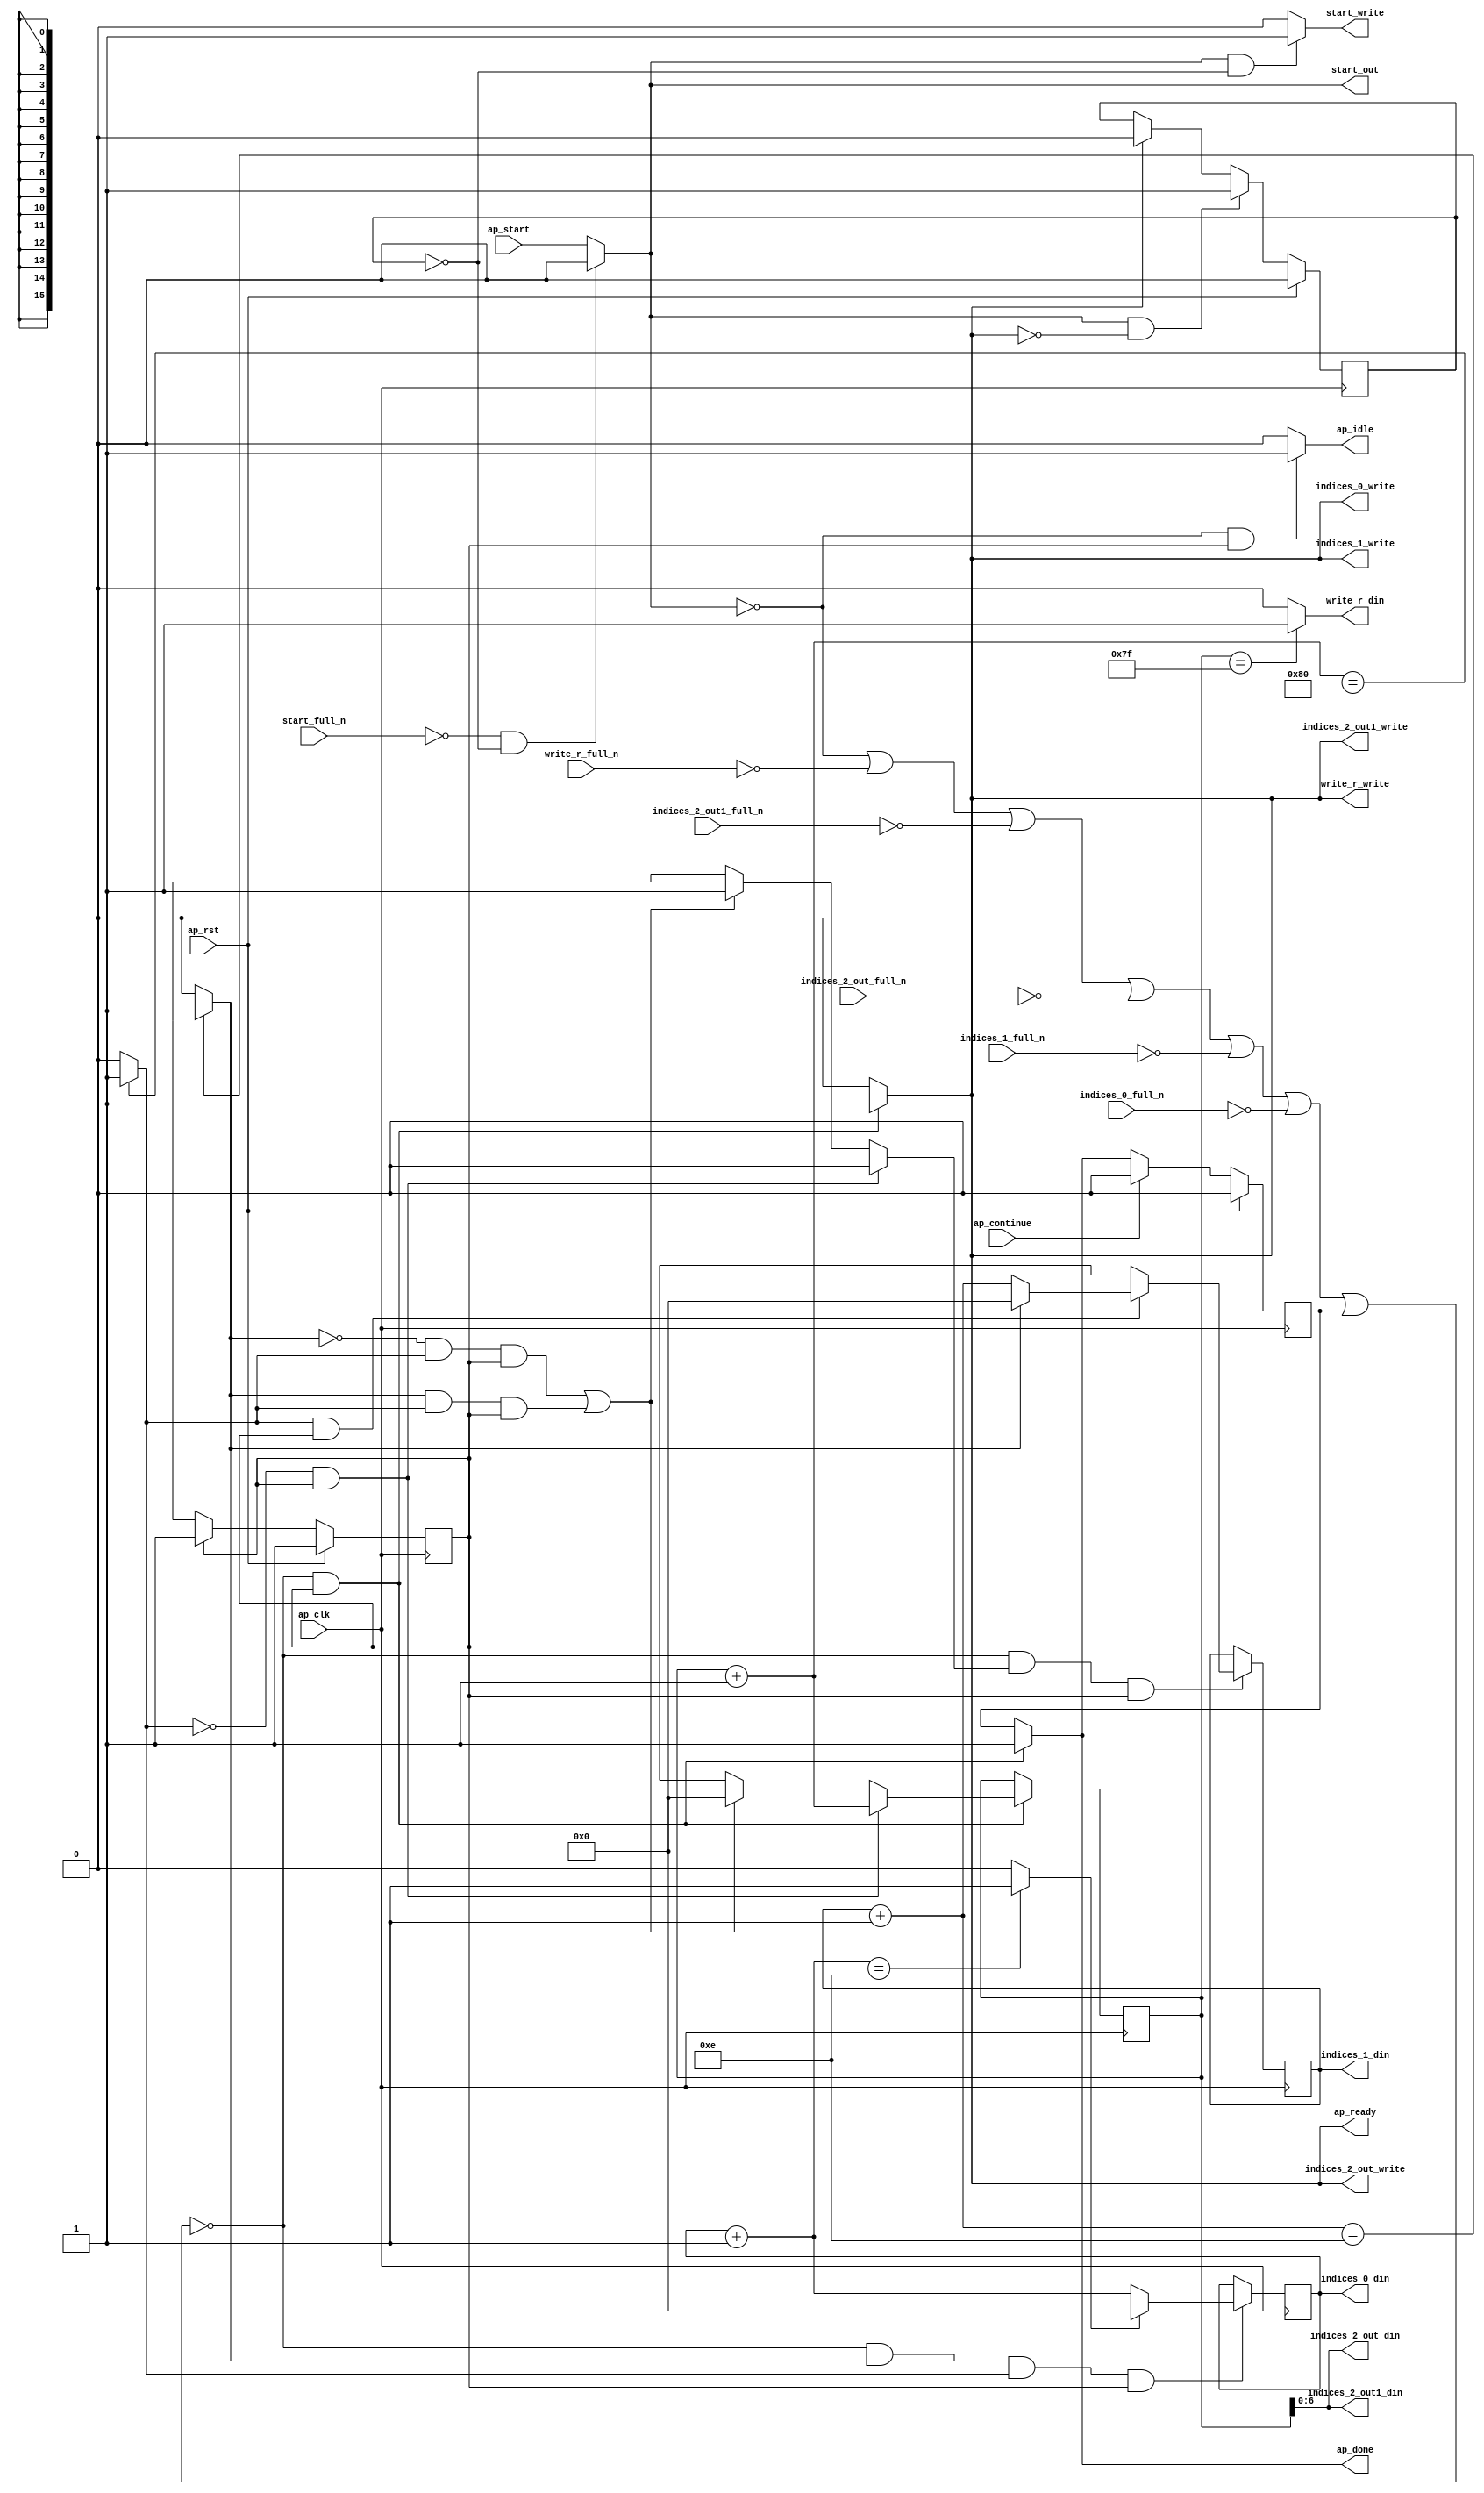
`define EXPONENT 5
`define MANTISSA 10
`define ACTUAL_MANTISSA 11
`define EXPONENT_LSB 10
`define EXPONENT_MSB 14
`define MANTISSA_LSB 0
`define MANTISSA_MSB 9
`define MANTISSA_MUL_SPLIT_LSB 3
`define MANTISSA_MUL_SPLIT_MSB 9
`define SIGN 1
`define SIGN_LOC 15
`define DWIDTH (`SIGN+`EXPONENT+`MANTISSA)
`define IEEE_COMPLIANCE 1

module td_fused_top_tdf11_get_next_ijk (
        ap_clk,
        ap_rst,
        ap_start,
        start_full_n,
        ap_done,
        ap_continue,
        ap_idle,
        ap_ready,
        start_out,
        start_write,
        indices_0_din,
        indices_0_full_n,
        indices_0_write,
        indices_1_din,
        indices_1_full_n,
        indices_1_write,
        indices_2_out_din,
        indices_2_out_full_n,
        indices_2_out_write,
        indices_2_out1_din,
        indices_2_out1_full_n,
        indices_2_out1_write,
        write_r_din,
        write_r_full_n,
        write_r_write
);

parameter    ap_ST_fsm_state1 = 1'd1;

input   ap_clk;
input   ap_rst;
input   ap_start;
input   start_full_n;
output   ap_done;
input   ap_continue;
output   ap_idle;
output   ap_ready;
output   start_out;
output   start_write;
output  [15:0] indices_0_din;
input   indices_0_full_n;
output   indices_0_write;
output  [15:0] indices_1_din;
input   indices_1_full_n;
output   indices_1_write;
output  [6:0] indices_2_out_din;
input   indices_2_out_full_n;
output   indices_2_out_write;
output  [6:0] indices_2_out1_din;
input   indices_2_out1_full_n;
output   indices_2_out1_write;
output   write_r_din;
input   write_r_full_n;
output   write_r_write;

reg ap_done;
reg ap_idle;
reg start_write;
reg indices_0_write;
reg indices_1_write;
reg indices_2_out_write;
reg indices_2_out1_write;
reg write_r_write;

reg    real_start;
reg    start_once_reg;
reg    ap_done_reg;
  reg   [0:0] ap_CS_fsm;
wire    ap_CS_fsm_state1;
reg    internal_ap_ready;
reg   [15:0] i_9;
reg   [15:0] j_9;
reg   [15:0] k_9;
reg    indices_0_blk_n;
reg    indices_1_blk_n;
reg    indices_2_out_blk_n;
reg    indices_2_out1_blk_n;
reg    write_r_blk_n;
reg   [0:0] ap_phi_mux_j_20_flag_0_i_phi_fu_90_p6;
reg    ap_block_state1;
wire   [0:0] icmp_ln227_fu_161_p2;
wire   [0:0] icmp_ln230_fu_174_p2;
reg   [15:0] ap_phi_mux_j_20_new_0_i_phi_fu_104_p6;
wire   [15:0] add_ln229_fu_167_p2;
reg   [15:0] ap_phi_mux_k_20_new_0_i_phi_fu_117_p6;
wire   [15:0] add_ln226_fu_154_p2;
wire   [15:0] select_ln233_fu_192_p3;
wire   [6:0] trunc_ln224_fu_141_p1;
wire   [15:0] add_ln232_fu_180_p2;
wire   [0:0] icmp_ln233_fu_186_p2;
reg   [0:0] ap_NS_fsm;
wire    ap_ce_reg;

// power-on initialization
initial begin
#0 start_once_reg = 1'b0;
#0 ap_done_reg = 1'b0;
#0 ap_CS_fsm = 1'd1;
#0 i_9 = 16'd0;
#0 j_9 = 16'd0;
#0 k_9 = 16'd0;
end

always @ (posedge ap_clk) begin
    if (ap_rst == 1'b1) begin
        ap_CS_fsm <= ap_ST_fsm_state1;
    end else begin
        ap_CS_fsm <= ap_NS_fsm;
    end
end

always @ (posedge ap_clk) begin
    if (ap_rst == 1'b1) begin
        ap_done_reg <= 1'b0;
    end else begin
        if ((ap_continue == 1'b1)) begin
            ap_done_reg <= 1'b0;
        end else if ((~((real_start == 1'b0) | (write_r_full_n == 1'b0) | (indices_2_out1_full_n == 1'b0) | (indices_2_out_full_n == 1'b0) | (indices_1_full_n == 1'b0) | (indices_0_full_n == 1'b0) | (ap_done_reg == 1'b1)) & (1'b1 == ap_CS_fsm_state1))) begin
            ap_done_reg <= 1'b1;
        end
    end
end

always @ (posedge ap_clk) begin
    if (ap_rst == 1'b1) begin
        start_once_reg <= 1'b0;
    end else begin
        if (((real_start == 1'b1) & (internal_ap_ready == 1'b0))) begin
            start_once_reg <= 1'b1;
        end else if ((internal_ap_ready == 1'b1)) begin
            start_once_reg <= 1'b0;
        end
    end
end

always @ (posedge ap_clk) begin
    if ((~((real_start == 1'b0) | (write_r_full_n == 1'b0) | (indices_2_out1_full_n == 1'b0) | (indices_2_out_full_n == 1'b0) | (indices_1_full_n == 1'b0) | (indices_0_full_n == 1'b0) | (ap_done_reg == 1'b1)) & (icmp_ln230_fu_174_p2 == 1'd1) & (icmp_ln227_fu_161_p2 == 1'd1) & (1'b1 == ap_CS_fsm_state1))) begin
        i_9 <= select_ln233_fu_192_p3;
    end
end

always @ (posedge ap_clk) begin
    if ((~((real_start == 1'b0) | (write_r_full_n == 1'b0) | (indices_2_out1_full_n == 1'b0) | (indices_2_out_full_n == 1'b0) | (indices_1_full_n == 1'b0) | (indices_0_full_n == 1'b0) | (ap_done_reg == 1'b1)) & (ap_phi_mux_j_20_flag_0_i_phi_fu_90_p6 == 1'd1) & (1'b1 == ap_CS_fsm_state1))) begin
        j_9 <= ap_phi_mux_j_20_new_0_i_phi_fu_104_p6;
    end
end

always @ (posedge ap_clk) begin
    if ((~((real_start == 1'b0) | (write_r_full_n == 1'b0) | (indices_2_out1_full_n == 1'b0) | (indices_2_out_full_n == 1'b0) | (indices_1_full_n == 1'b0) | (indices_0_full_n == 1'b0) | (ap_done_reg == 1'b1)) & (1'b1 == ap_CS_fsm_state1))) begin
        k_9 <= ap_phi_mux_k_20_new_0_i_phi_fu_117_p6;
    end
end

always @ (*) begin
    if ((~((real_start == 1'b0) | (write_r_full_n == 1'b0) | (indices_2_out1_full_n == 1'b0) | (indices_2_out_full_n == 1'b0) | (indices_1_full_n == 1'b0) | (indices_0_full_n == 1'b0) | (ap_done_reg == 1'b1)) & (1'b1 == ap_CS_fsm_state1))) begin
        ap_done = 1'b1;
    end else begin
        ap_done = ap_done_reg;
    end
end

always @ (*) begin
    if (((real_start == 1'b0) & (1'b1 == ap_CS_fsm_state1))) begin
        ap_idle = 1'b1;
    end else begin
        ap_idle = 1'b0;
    end
end

always @ (*) begin
    if (((icmp_ln227_fu_161_p2 == 1'd0) & (1'b1 == ap_CS_fsm_state1))) begin
        ap_phi_mux_j_20_flag_0_i_phi_fu_90_p6 = 1'd0;
    end else if ((((icmp_ln230_fu_174_p2 == 1'd0) & (icmp_ln227_fu_161_p2 == 1'd1) & (1'b1 == ap_CS_fsm_state1)) | ((icmp_ln230_fu_174_p2 == 1'd1) & (icmp_ln227_fu_161_p2 == 1'd1) & (1'b1 == ap_CS_fsm_state1)))) begin
        ap_phi_mux_j_20_flag_0_i_phi_fu_90_p6 = 1'd1;
    end else begin
        ap_phi_mux_j_20_flag_0_i_phi_fu_90_p6 = 'bx;
    end
end

always @ (*) begin
    if (((icmp_ln227_fu_161_p2 == 1'd1) & (1'b1 == ap_CS_fsm_state1))) begin
        if ((icmp_ln230_fu_174_p2 == 1'd0)) begin
            ap_phi_mux_j_20_new_0_i_phi_fu_104_p6 = add_ln229_fu_167_p2;
        end else if ((icmp_ln230_fu_174_p2 == 1'd1)) begin
            ap_phi_mux_j_20_new_0_i_phi_fu_104_p6 = 16'd0;
        end else begin
            ap_phi_mux_j_20_new_0_i_phi_fu_104_p6 = 'bx;
        end
    end else begin
        ap_phi_mux_j_20_new_0_i_phi_fu_104_p6 = 'bx;
    end
end

always @ (*) begin
    if (((icmp_ln227_fu_161_p2 == 1'd0) & (1'b1 == ap_CS_fsm_state1))) begin
        ap_phi_mux_k_20_new_0_i_phi_fu_117_p6 = add_ln226_fu_154_p2;
    end else if ((((icmp_ln230_fu_174_p2 == 1'd0) & (icmp_ln227_fu_161_p2 == 1'd1) & (1'b1 == ap_CS_fsm_state1)) | ((icmp_ln230_fu_174_p2 == 1'd1) & (icmp_ln227_fu_161_p2 == 1'd1) & (1'b1 == ap_CS_fsm_state1)))) begin
        ap_phi_mux_k_20_new_0_i_phi_fu_117_p6 = 16'd0;
    end else begin
        ap_phi_mux_k_20_new_0_i_phi_fu_117_p6 = 'bx;
    end
end

always @ (*) begin
    if ((~((real_start == 1'b0) | (ap_done_reg == 1'b1)) & (1'b1 == ap_CS_fsm_state1))) begin
        indices_0_blk_n = indices_0_full_n;
    end else begin
        indices_0_blk_n = 1'b1;
    end
end

always @ (*) begin
    if ((~((real_start == 1'b0) | (write_r_full_n == 1'b0) | (indices_2_out1_full_n == 1'b0) | (indices_2_out_full_n == 1'b0) | (indices_1_full_n == 1'b0) | (indices_0_full_n == 1'b0) | (ap_done_reg == 1'b1)) & (1'b1 == ap_CS_fsm_state1))) begin
        indices_0_write = 1'b1;
    end else begin
        indices_0_write = 1'b0;
    end
end

always @ (*) begin
    if ((~((real_start == 1'b0) | (ap_done_reg == 1'b1)) & (1'b1 == ap_CS_fsm_state1))) begin
        indices_1_blk_n = indices_1_full_n;
    end else begin
        indices_1_blk_n = 1'b1;
    end
end

always @ (*) begin
    if ((~((real_start == 1'b0) | (write_r_full_n == 1'b0) | (indices_2_out1_full_n == 1'b0) | (indices_2_out_full_n == 1'b0) | (indices_1_full_n == 1'b0) | (indices_0_full_n == 1'b0) | (ap_done_reg == 1'b1)) & (1'b1 == ap_CS_fsm_state1))) begin
        indices_1_write = 1'b1;
    end else begin
        indices_1_write = 1'b0;
    end
end

always @ (*) begin
    if ((~((real_start == 1'b0) | (ap_done_reg == 1'b1)) & (1'b1 == ap_CS_fsm_state1))) begin
        indices_2_out1_blk_n = indices_2_out1_full_n;
    end else begin
        indices_2_out1_blk_n = 1'b1;
    end
end

always @ (*) begin
    if ((~((real_start == 1'b0) | (write_r_full_n == 1'b0) | (indices_2_out1_full_n == 1'b0) | (indices_2_out_full_n == 1'b0) | (indices_1_full_n == 1'b0) | (indices_0_full_n == 1'b0) | (ap_done_reg == 1'b1)) & (1'b1 == ap_CS_fsm_state1))) begin
        indices_2_out1_write = 1'b1;
    end else begin
        indices_2_out1_write = 1'b0;
    end
end

always @ (*) begin
    if ((~((real_start == 1'b0) | (ap_done_reg == 1'b1)) & (1'b1 == ap_CS_fsm_state1))) begin
        indices_2_out_blk_n = indices_2_out_full_n;
    end else begin
        indices_2_out_blk_n = 1'b1;
    end
end

always @ (*) begin
    if ((~((real_start == 1'b0) | (write_r_full_n == 1'b0) | (indices_2_out1_full_n == 1'b0) | (indices_2_out_full_n == 1'b0) | (indices_1_full_n == 1'b0) | (indices_0_full_n == 1'b0) | (ap_done_reg == 1'b1)) & (1'b1 == ap_CS_fsm_state1))) begin
        indices_2_out_write = 1'b1;
    end else begin
        indices_2_out_write = 1'b0;
    end
end

always @ (*) begin
    if ((~((real_start == 1'b0) | (write_r_full_n == 1'b0) | (indices_2_out1_full_n == 1'b0) | (indices_2_out_full_n == 1'b0) | (indices_1_full_n == 1'b0) | (indices_0_full_n == 1'b0) | (ap_done_reg == 1'b1)) & (1'b1 == ap_CS_fsm_state1))) begin
        internal_ap_ready = 1'b1;
    end else begin
        internal_ap_ready = 1'b0;
    end
end

always @ (*) begin
    if (((start_full_n == 1'b0) & (start_once_reg == 1'b0))) begin
        real_start = 1'b0;
    end else begin
        real_start = ap_start;
    end
end

always @ (*) begin
    if (((real_start == 1'b1) & (start_once_reg == 1'b0))) begin
        start_write = 1'b1;
    end else begin
        start_write = 1'b0;
    end
end

always @ (*) begin
    if ((~((real_start == 1'b0) | (ap_done_reg == 1'b1)) & (1'b1 == ap_CS_fsm_state1))) begin
        write_r_blk_n = write_r_full_n;
    end else begin
        write_r_blk_n = 1'b1;
    end
end

always @ (*) begin
    if ((~((real_start == 1'b0) | (write_r_full_n == 1'b0) | (indices_2_out1_full_n == 1'b0) | (indices_2_out_full_n == 1'b0) | (indices_1_full_n == 1'b0) | (indices_0_full_n == 1'b0) | (ap_done_reg == 1'b1)) & (1'b1 == ap_CS_fsm_state1))) begin
        write_r_write = 1'b1;
    end else begin
        write_r_write = 1'b0;
    end
end

always @ (*) begin
    case (ap_CS_fsm)
        ap_ST_fsm_state1 : begin
            ap_NS_fsm = ap_ST_fsm_state1;
        end
        default : begin
            ap_NS_fsm = 'bx;
        end
    endcase
end

assign add_ln226_fu_154_p2 = (k_9 + 16'd1);

assign add_ln229_fu_167_p2 = (j_9 + 16'd1);

assign add_ln232_fu_180_p2 = (i_9 + 16'd1);

assign ap_CS_fsm_state1 = ap_CS_fsm[32'd0];

always @ (*) begin
    ap_block_state1 = ((real_start == 1'b0) | (write_r_full_n == 1'b0) | (indices_2_out1_full_n == 1'b0) | (indices_2_out_full_n == 1'b0) | (indices_1_full_n == 1'b0) | (indices_0_full_n == 1'b0) | (ap_done_reg == 1'b1));
end

assign ap_ready = internal_ap_ready;

assign icmp_ln227_fu_161_p2 = ((add_ln226_fu_154_p2 == 16'd128) ? 1'b1 : 1'b0);

assign icmp_ln230_fu_174_p2 = ((add_ln229_fu_167_p2 == 16'd14) ? 1'b1 : 1'b0);

assign icmp_ln233_fu_186_p2 = ((add_ln232_fu_180_p2 == 16'd14) ? 1'b1 : 1'b0);

assign indices_0_din = i_9;

assign indices_1_din = j_9;

assign indices_2_out1_din = trunc_ln224_fu_141_p1;

assign indices_2_out_din = trunc_ln224_fu_141_p1;

assign select_ln233_fu_192_p3 = ((icmp_ln233_fu_186_p2[0:0] == 1'b1) ? 16'd0 : add_ln232_fu_180_p2);

assign start_out = real_start;

assign trunc_ln224_fu_141_p1 = k_9[6:0];

assign write_r_din = ((k_9 == 16'd127) ? 1'b1 : 1'b0);

endmodule //td_fused_top_tdf11_get_next_ijk